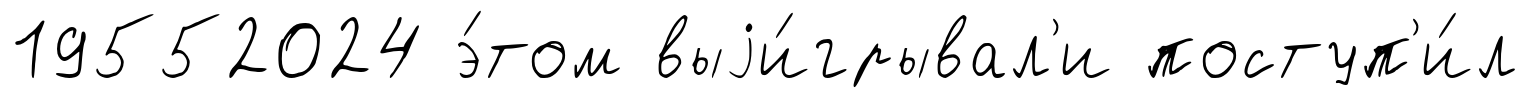
19552024 э́том выjи́грывал'и поступ'и́л